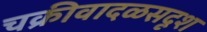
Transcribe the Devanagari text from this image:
चक्रीवादळसदृश